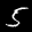
Label: 5